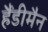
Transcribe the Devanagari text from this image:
हैंडीमैन